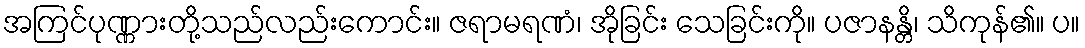
အကြင်ပုဏ္ဏားတို့သည်လည်းကောင်း။ ဇရာမရဏံ၊ အိုခြင်း သေခြင်းကို။ ပဇာနန္တိ၊ သိကုန်၏။ ပ။